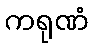
ကရုဏံ